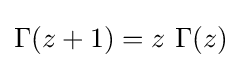
\Gamma (z+1)=z\ \Gamma (z)